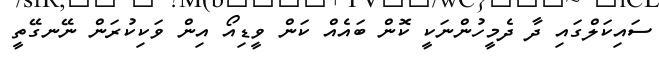
ސައިކަލްގައި ދާ ދެމީހުންނަކީ ކޮން ބައެއް ކަން ވީޑިއޯ އިން ވަކިކުރަން ނޭނގޭތީ